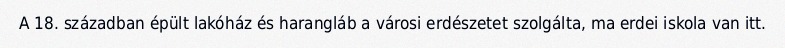
A 18. században épült lakóház és harangláb a városi erdészetet szolgálta, ma erdei iskola van itt.